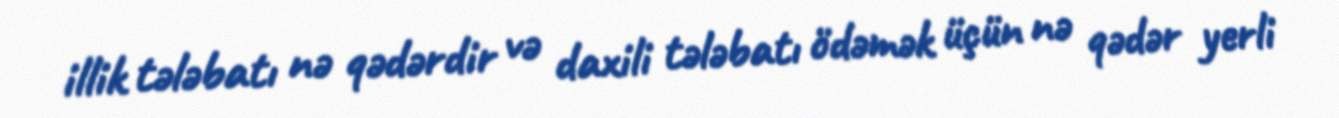
illik tələbatı nə qədərdir və daxili tələbatı ödəmək üçün nə qədər yerli